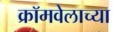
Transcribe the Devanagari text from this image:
क्रॉमवेलाच्या